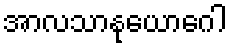
အာလသာနုယောဂေါ